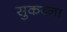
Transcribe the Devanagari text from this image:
सुकय्ना